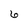
Character: 6